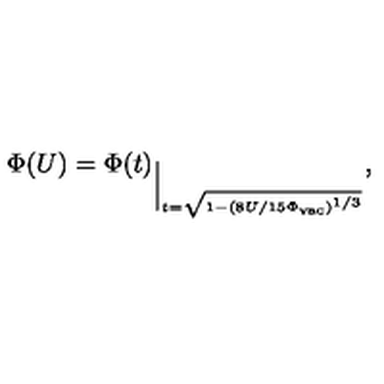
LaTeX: \Phi ( U ) = \Phi ( t ) _ { \Big | _ { t = \sqrt { 1 - ( 8 U / 1 5 \Phi _ { \mathrm { v a c } } ) ^ { 1 / 3 } } } } ,